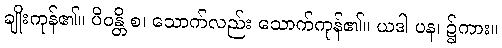
ချိုးကုန်၏။ ပိဝန္တိ စ၊ သောက်လည်း သောက်ကုန်၏။ ယဒါ ပန၊ ၌ကား။